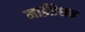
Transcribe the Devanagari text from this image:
माईग्रेशन